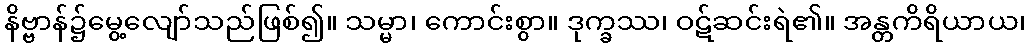
နိဗ္ဗာန်၌မွေ့လျော်သည်ဖြစ်၍။ သမ္မာ၊ ကောင်းစွာ။ ဒုက္ခဿ၊ ဝဋ်ဆင်းရဲ၏။ အန္တကိရိယာယ၊